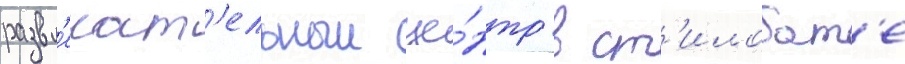
развл'екат'ельныи це́нтр в ст'илобат'е